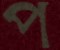
প